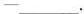
—___.